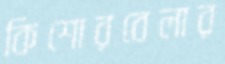
কিশোরবেলার